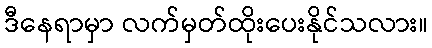
ဒီနေရာမှာ လက်မှတ်ထိုးပေးနိုင်သလား။